Torma_(Votikvere)_vallavalitsus, lk 47
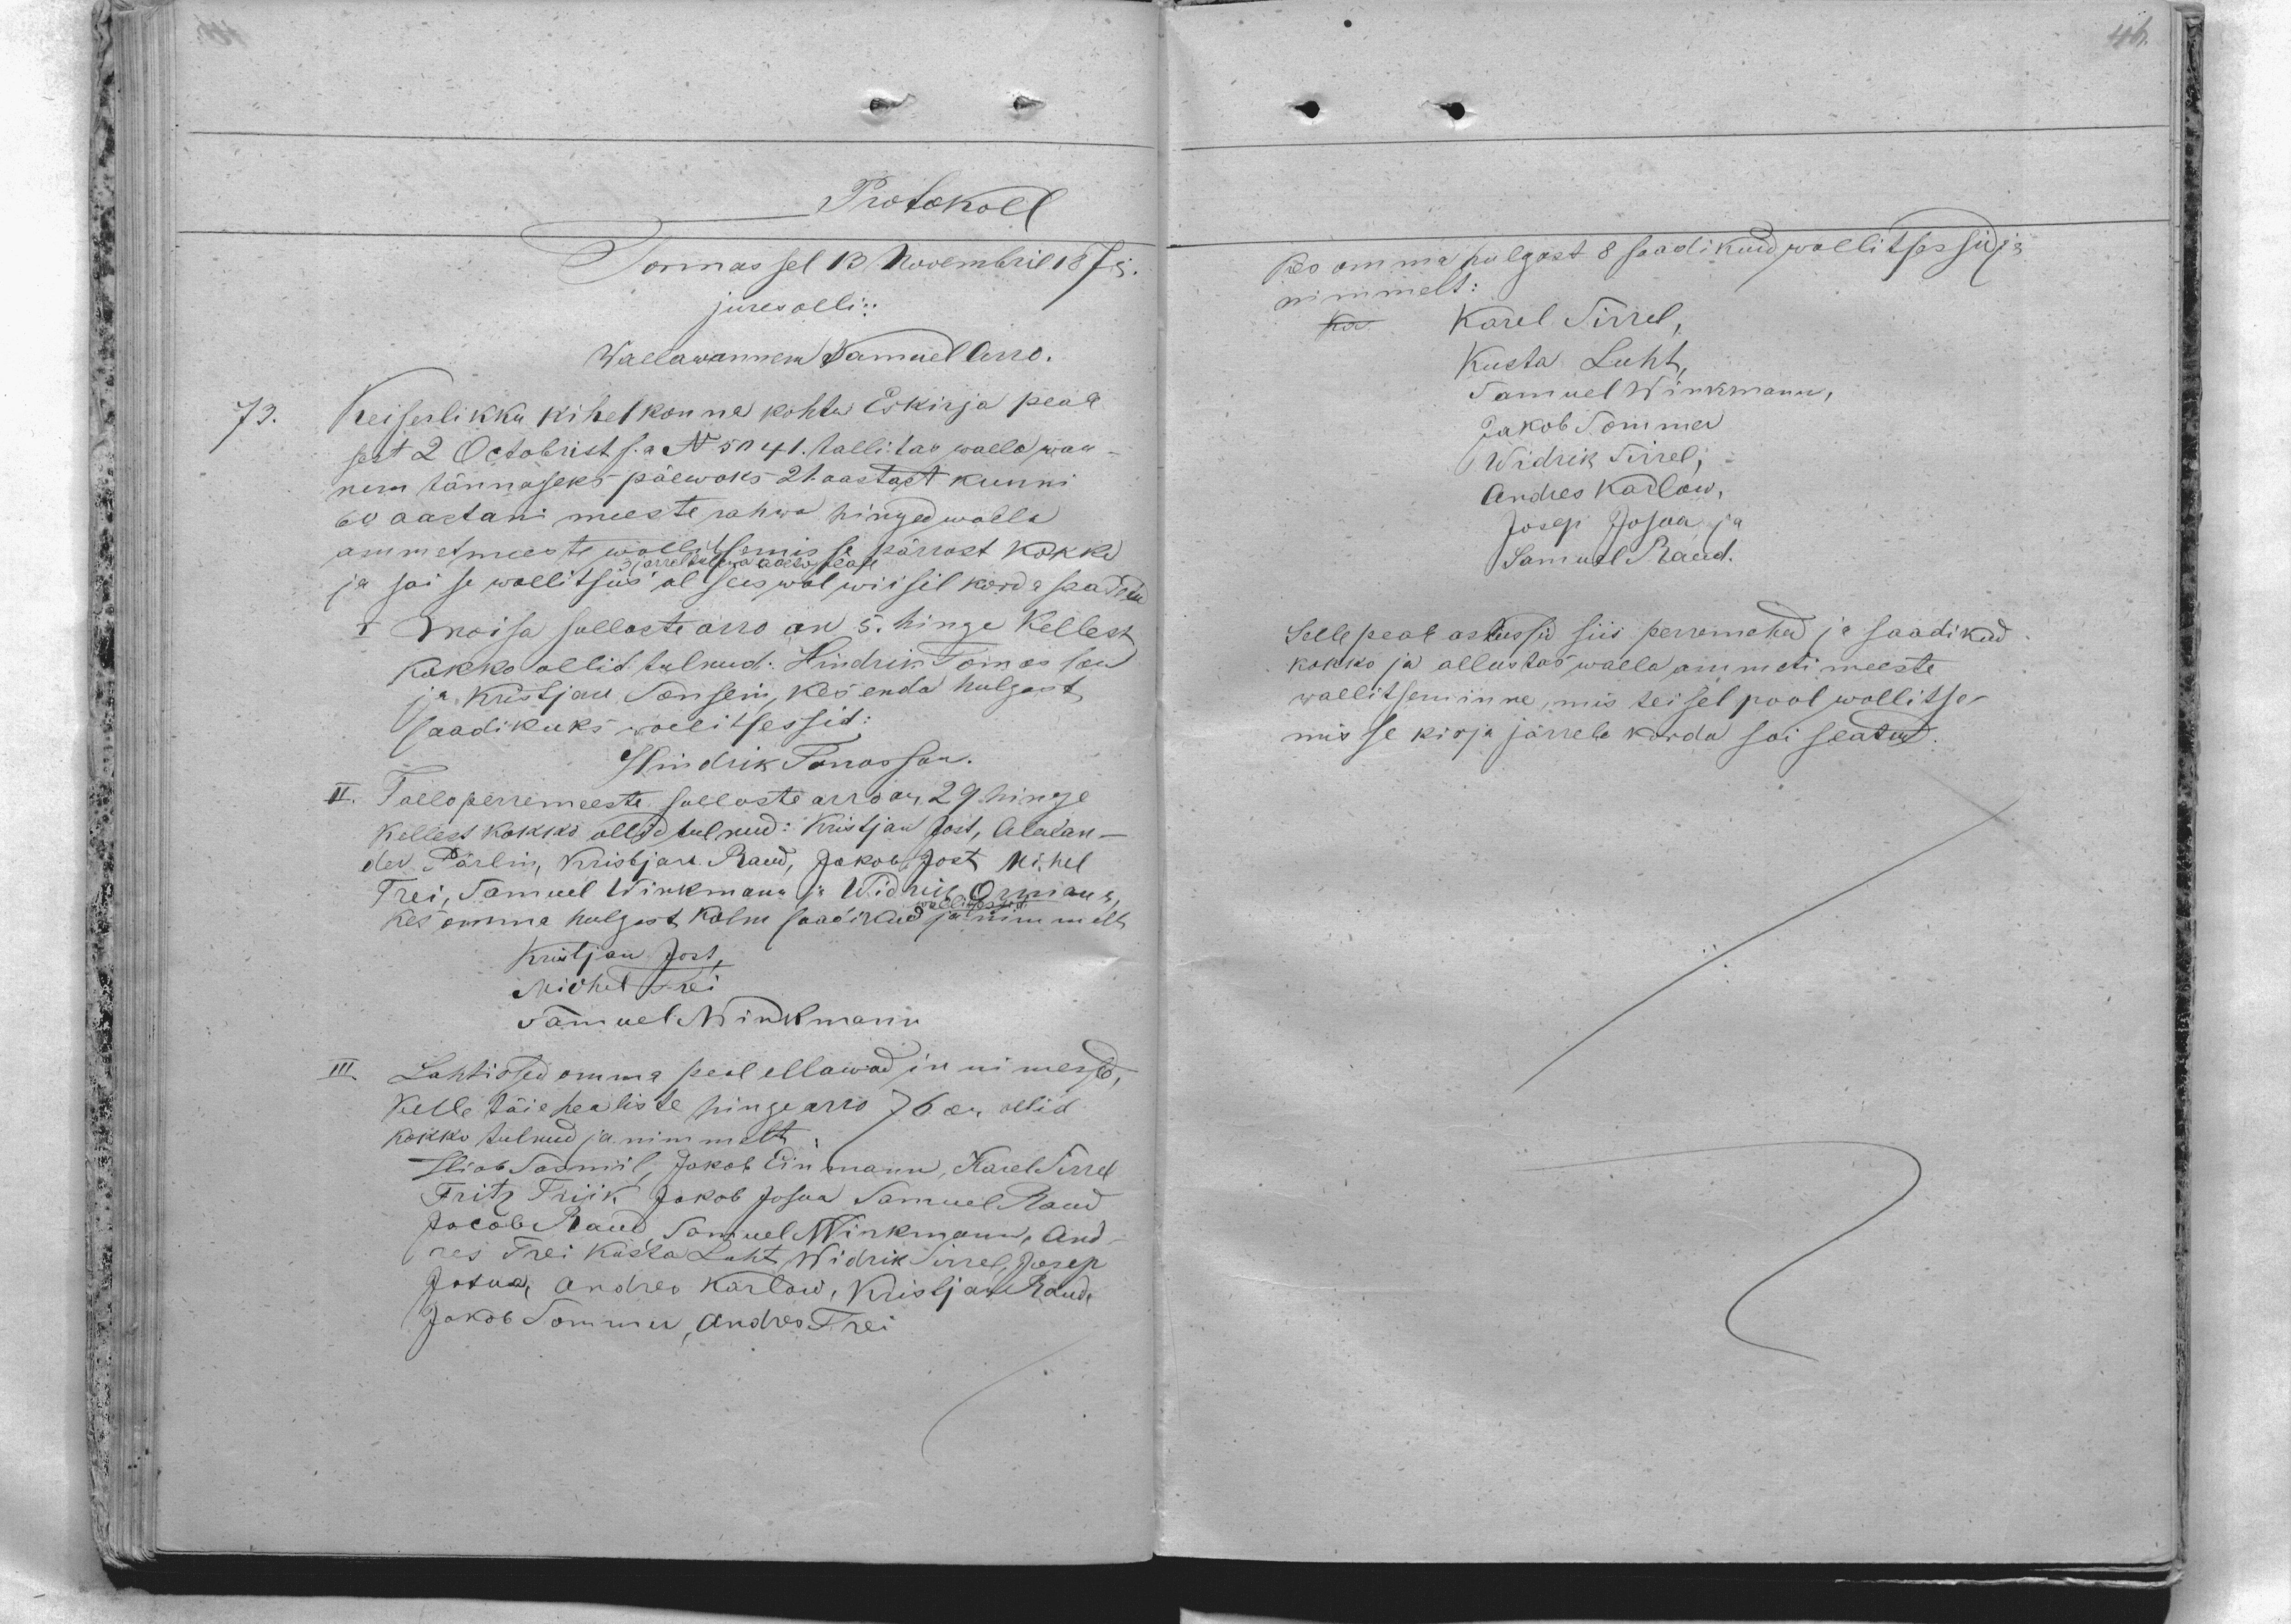
Protokoll
Tormas sel 13 Novembril 1875
jures olli:
Wallawannem Samuel Arro.
73. Keiserlikku kihelkonna kohtu Eskirja peale
sest 2 Octobrist s.a N 5041. tallitas walla wan-
nem tännaseks päewaks 21 aastast kunni
60 aastani meeste rahwa hinged walla
ammetmeeste wallimise pärrast kokko
3 jarreltullewa aasta peale
ja sai se wallitsus al seis wol wiisil korda saadetud
I. Moisa sullaste arw on 5. hinge Kellest
Kokko ollid tulnud: Hindrik Tomasson
ja Kristjan Sonsein, kes enda hulgast
saadikuks wollitsessid:
Hindrik Tomasson
II. Talloperremeeste sullaste arw 29 hinge
Kellest Kokko ollid tulnud: Kristjan Jost, Alexan-
der Pärlin, Kristjan Raud, Jakob Jost, Mihel
Trei, Samuel Winkman ja Widrik  Ormann,
kes omma hulgast Kolm saadikud wallitsessid ja nimelt
Kristjan Jost,
Michel Trei,
Samuel Winkmann
III. Lahtissed omma peal ellawad inimesed,
Kelle täie healiste hinge arw 76 on ollid
kokko tulnud ja nimmelt:
Hiob Sasmiil, Jakob Einmann, Karel Sirrel
Fritz Triik,  Jakob Josua Samuel Raud
Jacob Raud, Samuel Winkmann, And-
res Trei Kusta Luht Widrik Sirel, Josep
Josua, Andres Karlow, Kristjan Raud,
Jakob Sommer,  Andres Trei

Kes omma hulgast 8 saadikud wallitsessid ja
nimmelt:
Karel Sirrel
Kusta Luht,
Samuel Winkmann,
Jakob Sommer
Widrik Sirrel,
Andres Kadlow,
Josep Josua ja
Samuel Raud.
Selle peale astussid siis perremehed ja saadikud
kokko ja allustas walla ammeti meeste
wallitseminne, mis teisel pool wallitse-
misse kirja järrele korda soi seatud.